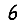
Digit: 6